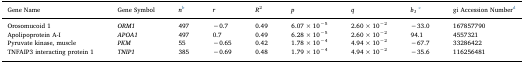
<table><thead><tr><td><b>Gene Name</b></td><td><b>Gene Symbol</b></td><td><b><i>n</i>b</b></td><td><b><i>r</i></b></td><td><b><i>R</i><sup>2</sup></b></td><td><b><i>p</i></b></td><td><b><i>q</i></b></td><td><b><i>b</i><sub><i>1</i></sub>c</b></td><td><b>gi Accession Numberd</b></td></tr></thead><tbody><tr><td>Orosomucoid 1</td><td><i>ORM1</i></td><td>497</td><td>−0.7</td><td>0.49</td><td>6.07 × 10<sup>−5</sup></td><td>2.60 × 10<sup>−2</sup></td><td>−33.0</td><td>167857790</td></tr><tr><td>Apolipoprotein A-I</td><td><i>APOA1</i></td><td>497</td><td>0.7</td><td>0.49</td><td>6.28 × 10<sup>−5</sup></td><td>2.60 × 10<sup>−2</sup></td><td>94.1</td><td>4557321</td></tr><tr><td>Pyruvate kinase, muscle</td><td><i>PKM</i></td><td>55</td><td>−0.65</td><td>0.42</td><td>1.78 × 10<sup>−4</sup></td><td>4.94 × 10<sup>−2</sup></td><td>−67.7</td><td>33286422</td></tr><tr><td>TNFAIP3 interacting protein 1</td><td><i>TNIP1</i></td><td>385</td><td>−0.69</td><td>0.48</td><td>1.79 × 10<sup>−4</sup></td><td>4.94 × 10<sup>−2</sup></td><td>−35.6</td><td>116256481</td></tr></tbody></table>